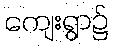
ကျေးရွာ၌